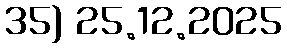
35) 25.12.2025